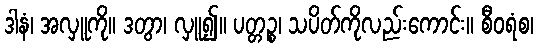
ဒါနံ၊ အလှူကို။ ဒတွာ၊ လှူ၍။ ပတ္တဉ္စ၊ သပိတ်ကိုလည်းကောင်း။ စီဝရံစ၊